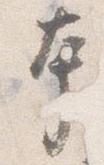
本